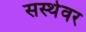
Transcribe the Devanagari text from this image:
सस्थेवर